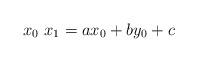
LaTeX: \begin{align*}x_{0}\ x_{1}=ax_{0}+by_{0}+c \end{align*}